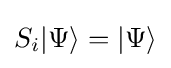
S_{i}|\Psi \rangle =|\Psi \rangle